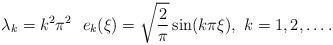
LaTeX: \begin{align*}\lambda_k = k^2\pi^2 \ \ e_k(\xi) = \sqrt{\frac{2}{\pi}} \sin(k\pi \xi), \ k=1,2,\ldots.\end{align*}